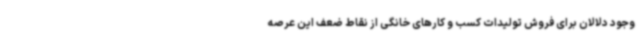
وجود دلالان برای فروش تولیدات کسب و کارهای خانگی از نقاط ضعف این عرصه